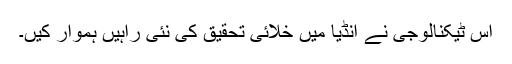
اس ٹیکنالوجی نے انڈیا میں خلائی تحقیق کی نئی راہیں ہموار کیں۔